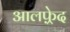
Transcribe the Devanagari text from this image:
आलफ़्रेद